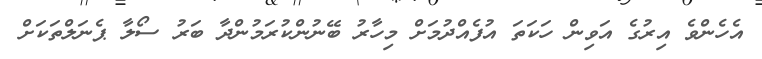
އެހެންވެ އިރުގެ އަވިން ހަކަތަ އުފެއްދުމަށް މިހާރު ބޭނުންކުރަމުންދާ ބަރު ސޯލާ ޕެނަލްތަކަށް